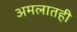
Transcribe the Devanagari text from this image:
अमलातही